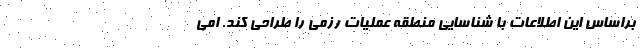
براساس این اطلاعات با شناسایی منطقه عملیات رزمی را طراحی کند. امی